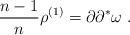
LaTeX: \begin{align*} \frac{n-1}{n}\rho^{(1)} = \partial \partial^* \omega \; . \end{align*}